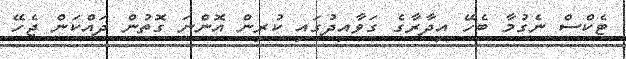
ޓެކްސް ނެގުމާ ބެހޭ އިދާރާގެ ގަވާއިދުގައި ކުރިން އޮންނަ ގޮތުން ދައްކަން ޖެހޭ